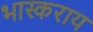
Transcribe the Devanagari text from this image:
भास्कराय